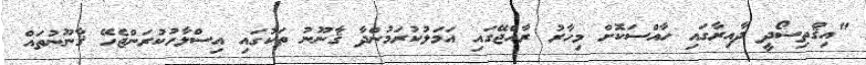
"އިޤްތިސޯދީ ދާއިރާގައި ހާއްސަކޮށް މިހާރު ރާއްޖޭގައި އަމަލުކުރަމުންދާ ޤާނޫނު ތަކުގައި އިސްލާހުކުރަންޖެހޭ ޤާނޫނުތައް